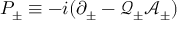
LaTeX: P _ { \pm } \equiv - i ( \partial _ { \pm } - \mathcal { Q } _ { \pm } \mathcal { A } _ { \pm } )